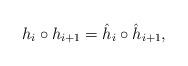
LaTeX: \begin{align*} h_i\circ h_{i+1}=\hat h_i\circ \hat h_{i+1},\end{align*}